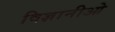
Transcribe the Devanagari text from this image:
विज्ञानीओ